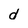
Character: d